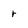
Character: r